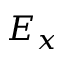
E _ { x }